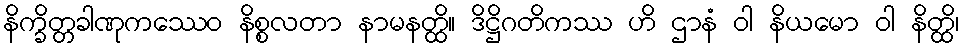
နိက္ခိတ္တခါဏုကဿေဝ နိစ္စလတာ နာမနတ္ထိ။ ဒိဋ္ဌိဂတိကဿ ဟိ ဌာနံ ဝါ နိယမော ဝါ နိတ္ထိ၊